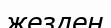
жезден